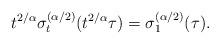
LaTeX: \begin{align*} t^{2/\alpha} \sigma_t^{(\alpha/2)}(t^{2/\alpha}\tau) = \sigma_1^{(\alpha/2)}(\tau).\end{align*}